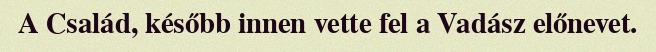
A Család, később innen vette fel a Vadász előnevet.